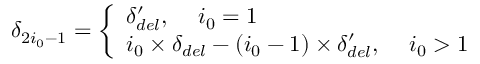
\delta _ { 2 i _ { 0 } - 1 } = \left\{ \begin{array} { l l } { \delta _ { d e l } ^ { \prime } , \; \; \; \ i _ { 0 } = 1 } \\ { i _ { 0 } \times \delta _ { d e l } - ( i _ { 0 } - 1 ) \times \delta _ { d e l } ^ { \prime } , \; \; \; \ i _ { 0 } > 1 } \end{array} \right.